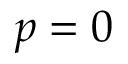
p = 0